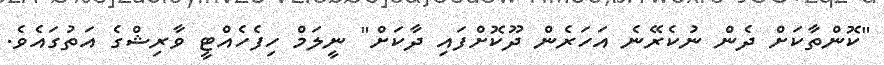
"ކޮންތާކަށް ދެން ނުކެރޭނެ އަހަރެން ދޫކޮށްފައި ދާކަށް" ނީލަމް ހިފެހެއްޓީ ވާރިޝްގެ އަތުގައެވެ.